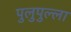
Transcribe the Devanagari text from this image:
पुलुपुल्ला